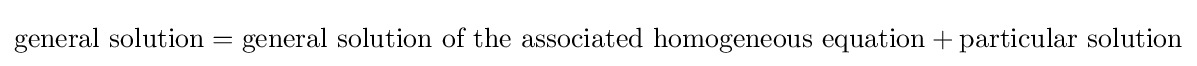
{\text{general solution}}={\text{general solution of the associated homogeneous equation}}+{\text{particular solution}}